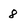
Character: 8